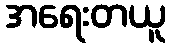
အရေးတယူ